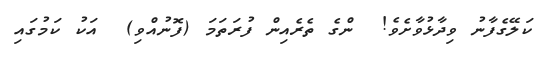
ކަލޭގެފާނު ވިދާޅުވާށެވެ!  ންގެ ތެރެއިން ފުރަތަމަ (ފޮނުއްވި)  އަކު ކަމުގައި